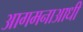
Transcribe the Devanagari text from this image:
आगमनाआधी